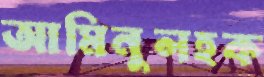
আমিনুলহক